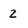
Character: 2